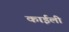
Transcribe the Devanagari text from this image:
काईली